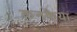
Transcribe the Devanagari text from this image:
कनकैया